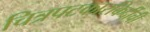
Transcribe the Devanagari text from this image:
चित्रपटकारकिर्दीची